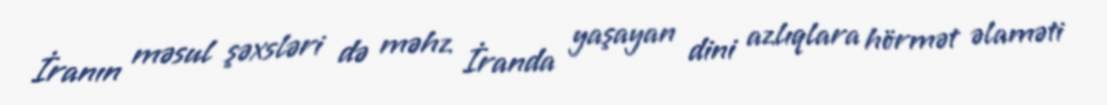
İranın məsul şəxsləri də məhz İranda yaşayan dini azlıqlara hörmət əlaməti